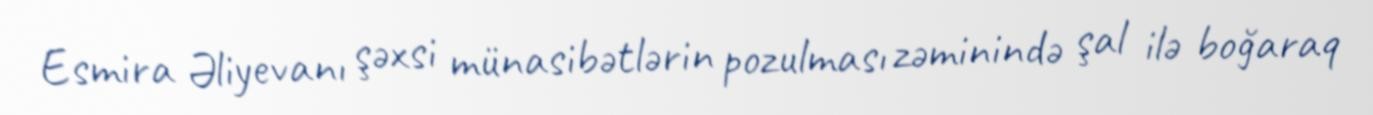
Esmira Əliyevanı şəxsi münasibətlərin pozulması zəminində şal ilə boğaraq